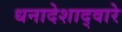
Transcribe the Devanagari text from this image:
धनादेशाद्वारे